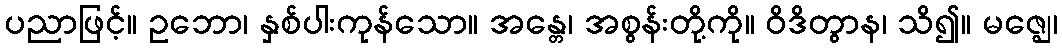
ပညာဖြင့်။ ဥဘော၊ နှစ်ပါးကုန်သော။ အန္တေ၊ အစွန်းတို့ကို။ ဝိဒိတွာန၊ သိ၍။ မဇ္ဈေ၊